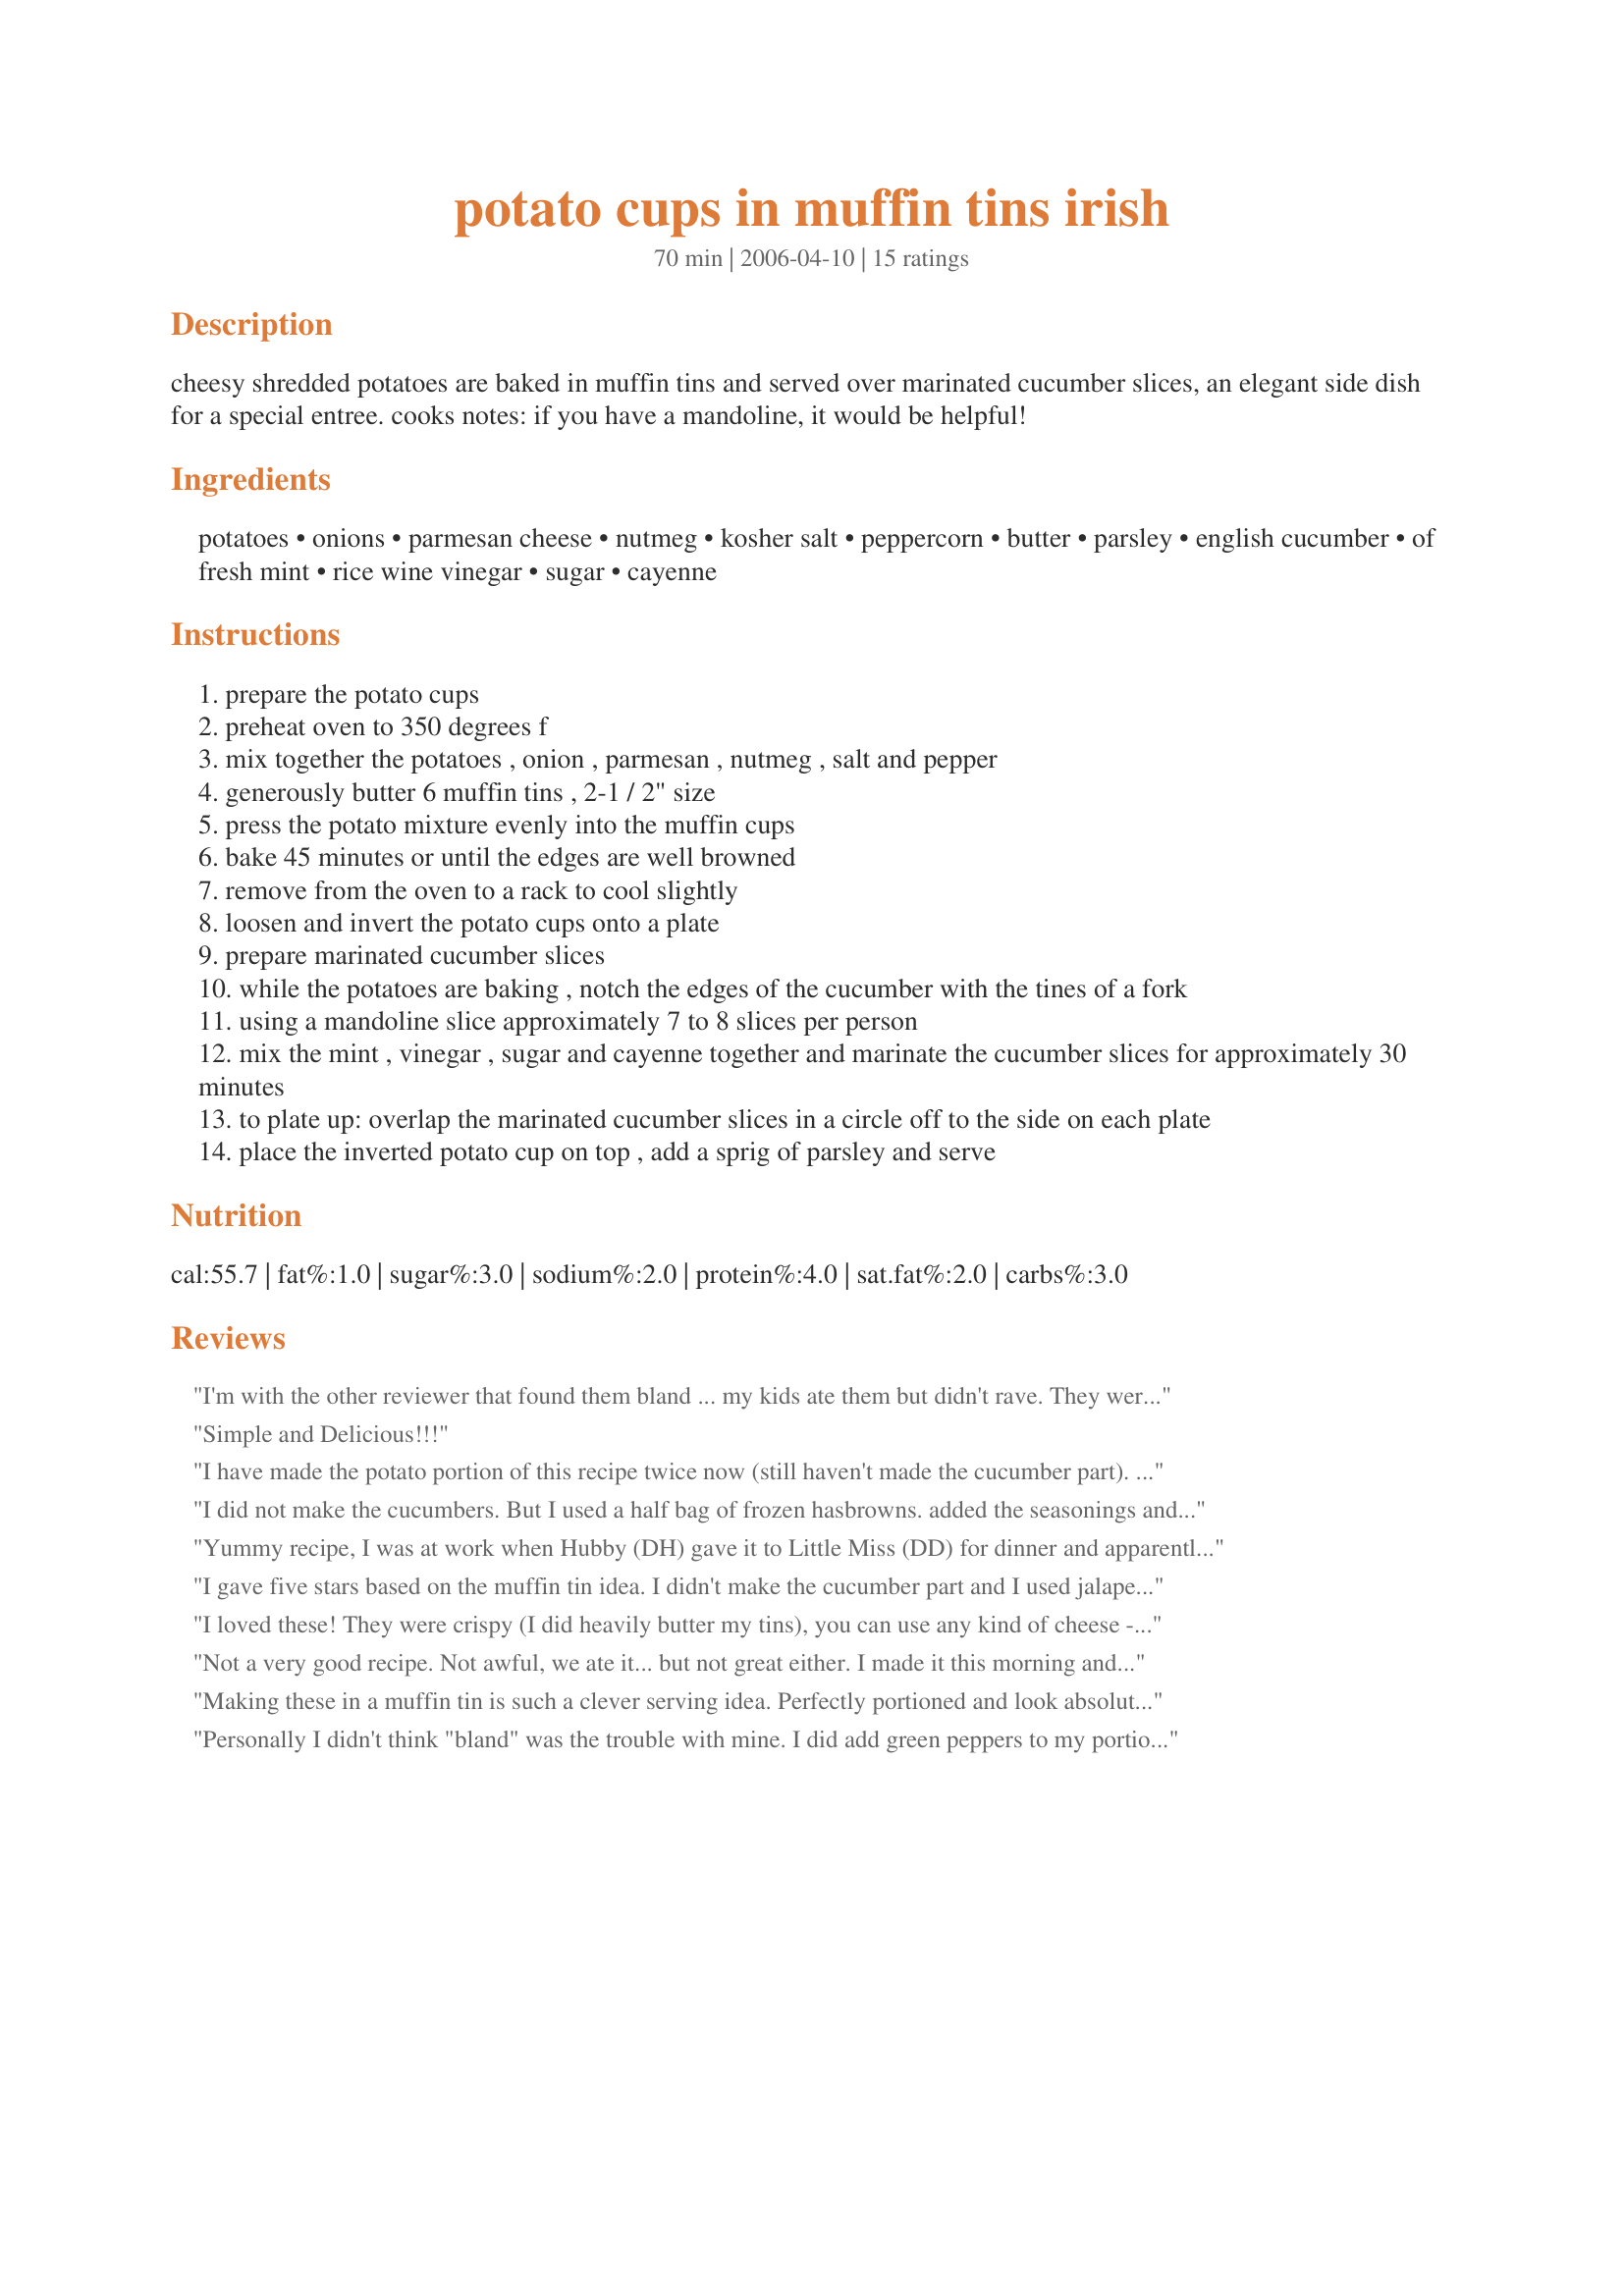
potato cups in muffin tins irish
Preparation time: 70 minutes

cheesy shredded potatoes are baked in muffin tins and served over marinated cucumber slices, an elegant side dish for a special entree. cooks notes: if you have a mandoline, it would be helpful!

Ingredients:
potatoes, onions, parmesan cheese, nutmeg, kosher salt, peppercorn, butter, parsley, english cucumber, of fresh mint, rice wine vinegar, sugar, cayenne

Steps:
prepare the potato cups
preheat oven to 350 degrees f
mix together the potatoes , onion , parmesan , nutmeg , salt and pepper
generously butter 6 muffin tins , 2-1 / 2" size
press the potato mixture evenly into the muffin cups
bake 45 minutes or until the edges are well browned
remove from the oven to a rack to cool slightly
loosen and invert the potato cups onto a plate
prepare marinated cucumber slices
while the potatoes are baking , notch the edges of the cucumber with the tines of a fork
using a mandoline slice approximately 7 to 8 slices per person
mix the mint , vinegar , sugar and cayenne together and marinate the cucumber slices for approximately 30 minutes
to plate up: overlap the marinated cucumber slices in a circle off to the side on each plate
place the inverted potato cup on top , add a sprig of parsley and serve

Reviews:
I'm with the other reviewer that found them bland ... my kids ate them but didn't rave. They were easy enough to make and turned out cute, but I'd definitely spice them up if I made them again.
Simple and Delicious!!!
I have made the potato portion of this recipe twice now (still haven't made the cucumber part). The first time I made an effort to stick to the original recipe but wasn't able to because I realized I was out of nutmeg and my parmesan was expired :( I used sharp cheddar instead and they were delicious!!! Tonight I made them again, but used a Three Cheese mix as well as parmesan and they were not quite as good. I definitely prefer the sharp cheddar!
I did not make the cucumbers. But I used a half bag of frozen hasbrowns. added the seasonings and cheese. pressed into the muffin tins and baked.<br/>but it seems i didnt add enough seasoning because as others state it is bland.I think that maybe adding more seasoning and after pressing in the tin add a pat of butter on top to cook down into the potato. also after I popped out the cups I placed some fresh mozzarella (buffalo mozzarella) on top (which is now the bottom of the cup) and broiled it until the cheese got soft. this was a nice add on, I did it because I needed to use it up. <br/>I like the idea of cooking hashbrowns this way, you could add ham, cheddar, season salt etc for breakfasts and would be way easier to cook for a crowd that way each person could get what they wanted in their hashbrowns
Yummy recipe, I was at work when Hubby (DH) gave it to Little Miss (DD) for dinner and apparently she ate two, including her other dinner (meat and veggies, which is a lot for a three year old). Hubby served them with a Lamb Crockpot and vegetables but I took the potato cups to work as listed on the recipe (with the cucumbers). The only thing I changes was I used red onion and grounded nutmeg not freshly grated. Very versatile recipe that could be eaten as a snack, entree or a side vegetable for a meat dish. You could even take it on a picnic and eat them cold. Thank you kiwidutch
I gave five stars based on the muffin tin idea. I didn't make the cucumber part and I used jalapenos, onion, red bell, garlic granules, salt and pepper instead of nutmeg, ect. They came out very crispy and tasty. Thanks Kiwidutch for the great idea!
I loved these! They were crispy (I did heavily butter my tins), you can use any kind of cheese - I used crumbled bleu the second time I made them. I used white pepper, but you could add any seasoning you like. I will definitely make these on a regular basis, easy and wonderful!
Not a very good recipe. Not awful, we ate it... but not great either. I made it this morning and found it to be extremely bland. I also heeded previous review's advice and made sure to slather on the butter in the cups before putting the potato mixture in, and it STILL stuck to it!! Not very impressive :(
Making these in a muffin tin is such a clever serving idea. Perfectly portioned and look absolutely beautiful. Sort of an elegant hashbrown. I used ground nutmeg since that is what I had on hand and it really gave a nice flavor to the potatoes. Never would have thought to put cucumbers and potatoes together, but the flavors made a nice contrast. Thanks for sharing, kiwi! Made for World Tour, '07.
Personally I didn't think "bland" was the trouble with mine. I did add green peppers to my portion.I also replaced the parmesan in MY half with nutritional yeast (to make them vegan) Left Fiance's portion to recipe. I think you could spice these any way you'd like to. My problem was that they were rather soft and gooey in the center. I was expecting a crispy potato cake. Which it was on the outside. I would suggest squeezing as much moisture out of your potatoes as you can! They may have been the problem.
The flavors of the potato and cucumber recipes were very good separately, but I didn't get the combination even after tasting it. I do like the versatility of the potato recipe... lots of options. Make sure you REALLY grease the pans though... mine still stuck and ruined the overall effect. I'll make this recipe again, but separately. Thanks!
We enjoyed this recipe, however they didn't cook right through in my oven. I will try them again with a higher heat or a longer cook time. Mine did not stick to the pan like other reviewers, but that may be because they didn't cook through. I left off the cucumber element because I did not have any on hand. This was an easy recipe that may look impressive when done correctly. Thanks for posting.
i thought these were going to be awesome! But alas, they were not a hit in my house. I admit even i didnt like them. The taste was... well, bland. I gave three stars because i think that they can be improved upon... maybe add some Ranch dressing to the mix, omit the nutmeg and parmesan cheese, and use some shredded cheddar or monterey jack instead... Naxt time i make them ill deff be making these changes... ANOTHER thing i noted was the similarity to a jewish or passover recipe called Kugel... kugel involves eggs, and WAY MORE onions... maybe another hint...
Huge hit in this home. I omitted the nutmeg and added sprinkle of garlic powder, about 1/3 Cup of Shredded Cheddar Cheese, also used Good Reggiano Parmesan cheese. Packed with flavor. Don't think I'll ever use a fry pan again for hash browns. Thanks for sharing. A keeper.
This review is only for the potato cups. I made these for breakfast this morning as a side with eggs and turkey sausage. They were delicious. The flavors blended together nicely, and DH raved about them and wants them again soon. I used frozen potatoes and let them sit/thaw for the amount of time it took to dice the onion and shred the Parmesan. I used fresh Parmesan but didn't have fresh nutmeg - I just used the Tone's Spice. I also didn't use butter but sprayed the muffin tins with butter flavored Pam. Last - I sprayed the muffin tops with the Pam and seasoned with a little more salt/pepper. Crunchy and Delicious!
